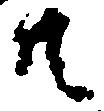
共